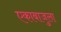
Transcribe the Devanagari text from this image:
एकाबाजुला